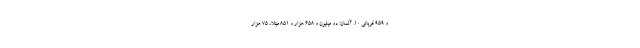
و ۹۵۹ قربانی ۱۰. آلمان: دو میلیون و ۶۵۸ هزار و ۸۵۱ مبتلا، ۷۵ هزار